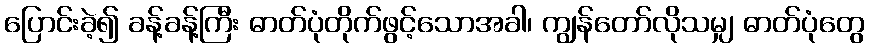
ပြောင်းခဲ့၍ ခန့်ခန့်ကြီး ဓာတ်ပုံတိုက်ဖွင့်သောအခါ၊ ကျွန်တော်လိုသမျှ ဓာတ်ပုံတွေ